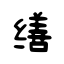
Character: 缮